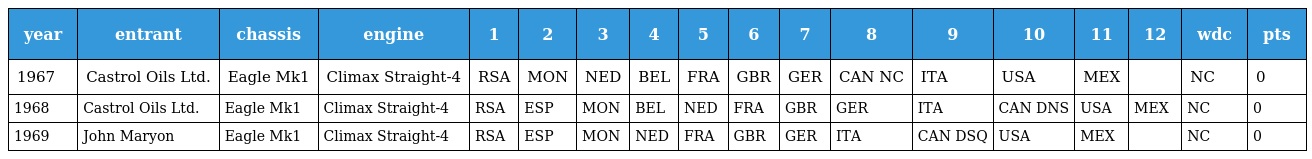
| year | entrant | chassis | engine | 1 | 2 | 3 | 4 | 5 | 6 | 7 | 8 | 9 | 10 | 11 | 12 | wdc | pts |
 | --- | --- | --- | --- | --- | --- | --- | --- | --- | --- | --- | --- | --- | --- | --- | --- | --- | --- |
 | 1967 | Castrol Oils Ltd. | Eagle Mk1 | Climax Straight-4 | RSA | MON | NED | BEL | FRA | GBR | GER | CAN NC | ITA | USA | MEX |  | NC | 0 |
 | 1968 | Castrol Oils Ltd. | Eagle Mk1 | Climax Straight-4 | RSA | ESP | MON | BEL | NED | FRA | GBR | GER | ITA | CAN DNS | USA | MEX | NC | 0 |
 | 1969 | John Maryon | Eagle Mk1 | Climax Straight-4 | RSA | ESP | MON | NED | FRA | GBR | GER | ITA | CAN DSQ | USA | MEX |  | NC | 0 |